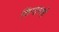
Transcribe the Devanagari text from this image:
किंग्डमशी